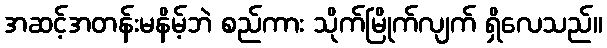
အဆင့်အတန်းမနိမ့်ဘဲ စည်ကား သိုက်မြိုက်လျက် ရှိလေသည်။